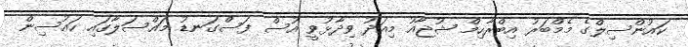
ކައުންސިލްގެ މެމްބަރު އިބްރާހިމް ޝުޖާއު މިއަދު ވިދާޅުވީ އުސް ފަސްގަނޑު މައްސަލާގައި ހައުސިން